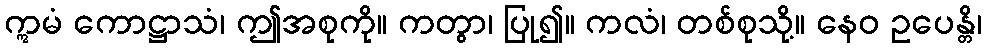
ဣမံ ကောဋ္ဌာသံ၊ ဤအစုကို။ ကတွာ၊ ပြု၍။ ကလံ၊ တစ်စုသို့။ နေဝ ဥပေန္တိ၊